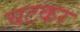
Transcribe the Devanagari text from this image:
चटकर